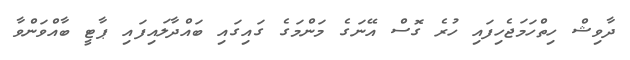
ދާވިޝް ހިތްހަމަޖެހިފައި ހުރެ ގޮސް އޭނަގެ މަންމަގެ ގައިގައި ބައްދާލައިފައި ޕާޓީ ބާއްވަންވާ